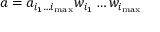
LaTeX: a = a _ { i _ { 1 } \dots i _ { \mathrm { m a x } } } w _ { i _ { 1 } } \dots w _ { i _ { \mathrm { m a x } } }